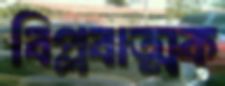
বিপ্লবাত্মক